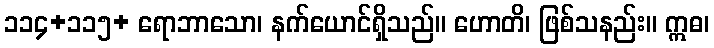
၁၁၄+၁၁၅+ ရောဘာသော၊ နက်ယောင်ရှိသည်။ ဟောတိ၊ ဖြစ်သနည်း။ ဣဓ၊